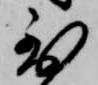
到